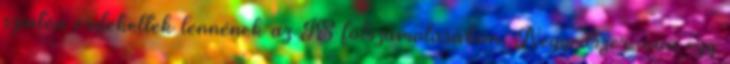
szintén érdekeltek lennének az IS fölszámolásában. Negyedszer, van egy